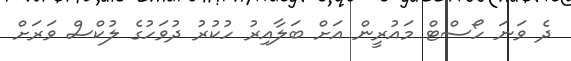
ދެ ވަނަ ހޯސްޓް މައުރީން އަށް ބަލާއިރު ހުކުރު ދުވަހުގެ ލުކްސް ވަރަށް